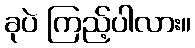
ခုပဲ ကြည့်ပါလား။